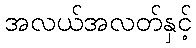
အလယ်အလတ်နှင့်